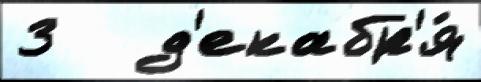
3   д'екабр'я́